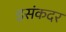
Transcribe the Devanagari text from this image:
इसंकदर